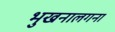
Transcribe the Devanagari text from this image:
भुखनालगना